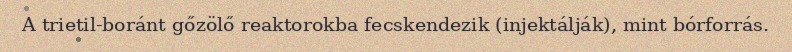
A trietil-boránt gőzölő reaktorokba fecskendezik (injektálják), mint bórforrás.